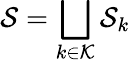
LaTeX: \mathcal S=\bigsqcup_{k\in\mathcal K}\mathcal S_{k}